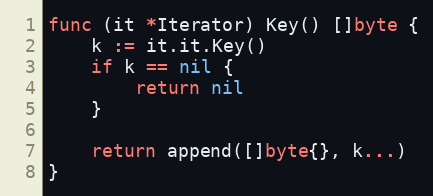
Language: Go
func (it *Iterator) Key() []byte {
	k := it.it.Key()
	if k == nil {
		return nil
	}

	return append([]byte{}, k...)
}